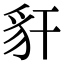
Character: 豻